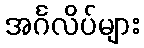
အင်္ဂလိပ်များ